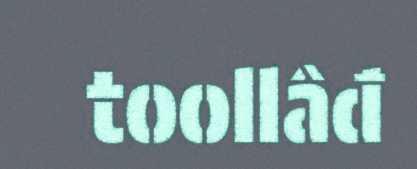
toollâđ